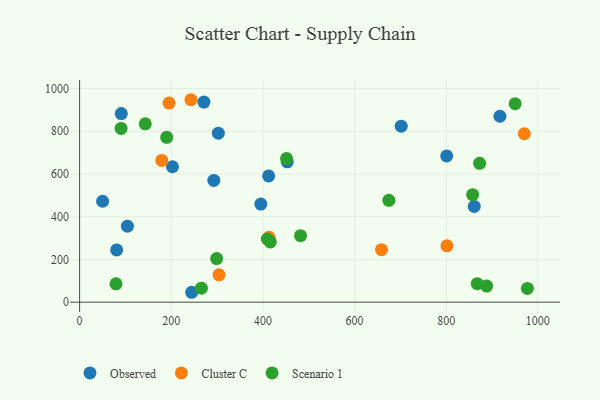
{"axis": {"x": "Engine Size", "y": "Sales"}, "legend": ["Cluster C", "Observed", "Scenario 1"], "data": [{"x": "202.6", "y": 633.9, "type": "Observed"}, {"x": "271.2", "y": 936.9, "type": "Observed"}, {"x": "412.5", "y": 590.9, "type": "Observed"}, {"x": "50.2", "y": 472.4, "type": "Observed"}, {"x": "80.9", "y": 244.6, "type": "Observed"}, {"x": "801.0", "y": 684.8, "type": "Observed"}, {"x": "244.6", "y": 46.3, "type": "Observed"}, {"x": "701.8", "y": 824.0, "type": "Observed"}, {"x": "90.9", "y": 882.8, "type": "Observed"}, {"x": "453.1", "y": 656.8, "type": "Observed"}, {"x": "395.4", "y": 459.0, "type": "Observed"}, {"x": "292.8", "y": 570.0, "type": "Observed"}, {"x": "861.2", "y": 448.3, "type": "Observed"}, {"x": "104.3", "y": 355.9, "type": "Observed"}, {"x": "917.2", "y": 870.3, "type": "Observed"}, {"x": "302.7", "y": 791.2, "type": "Observed"}, {"x": "801.6", "y": 263.6, "type": "Cluster C"}, {"x": "304.2", "y": 128.2, "type": "Cluster C"}, {"x": "195.1", "y": 932.1, "type": "Cluster C"}, {"x": "658.8", "y": 245.6, "type": "Cluster C"}, {"x": "243.0", "y": 947.7, "type": "Cluster C"}, {"x": "413.4", "y": 303.5, "type": "Cluster C"}, {"x": "179.3", "y": 663.4, "type": "Cluster C"}, {"x": "970.4", "y": 788.3, "type": "Cluster C"}, {"x": "299.0", "y": 204.2, "type": "Scenario 1"}, {"x": "888.2", "y": 75.3, "type": "Scenario 1"}, {"x": "451.6", "y": 672.3, "type": "Scenario 1"}, {"x": "867.7", "y": 86.7, "type": "Scenario 1"}, {"x": "950.4", "y": 928.8, "type": "Scenario 1"}, {"x": "872.8", "y": 650.1, "type": "Scenario 1"}, {"x": "977.1", "y": 64.2, "type": "Scenario 1"}, {"x": "482.1", "y": 311.4, "type": "Scenario 1"}, {"x": "90.5", "y": 813.2, "type": "Scenario 1"}, {"x": "409.7", "y": 295.6, "type": "Scenario 1"}, {"x": "143.2", "y": 834.7, "type": "Scenario 1"}, {"x": "79.4", "y": 85.9, "type": "Scenario 1"}, {"x": "265.7", "y": 65.3, "type": "Scenario 1"}, {"x": "857.7", "y": 503.2, "type": "Scenario 1"}, {"x": "674.8", "y": 476.9, "type": "Scenario 1"}, {"x": "190.0", "y": 771.5, "type": "Scenario 1"}, {"x": "416.1", "y": 282.1, "type": "Scenario 1"}]}